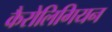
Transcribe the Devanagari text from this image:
कैरोलिगियन